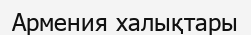
Армения халықтары